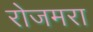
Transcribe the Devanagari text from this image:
रोजमरा